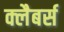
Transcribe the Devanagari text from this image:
क्लैबर्स